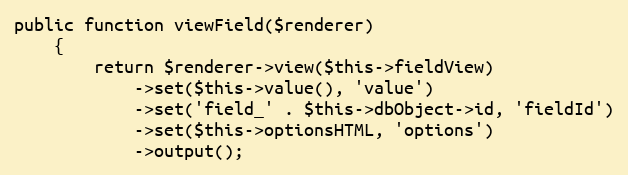
Language: PHP
public function viewField($renderer)
    {
        return $renderer->view($this->fieldView)
            ->set($this->value(), 'value')
            ->set('field_' . $this->dbObject->id, 'fieldId')
            ->set($this->optionsHTML, 'options')
            ->output();